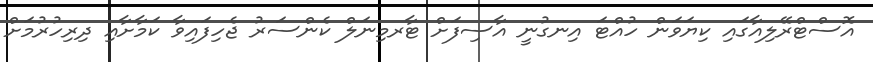
އޮސްޓްރޭލިއާގައި ކިޔަވަން ހުއްޓަ އިނގުނީ އާސިފަށް ޓާރމިނަލް ކެންސަރު ޖެހިފައިވާ ކަމާށާއި ދިރިހުރުމަށް